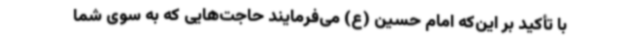
با تأکید بر این‌که امام حسین (ع) می‌فرمایند حاجت‌هایی که به سوی شما